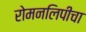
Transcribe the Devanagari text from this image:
रोमनलिपीचा